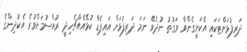
ދަރިފުޅަށްޓަކައި އެކަށީގެންވާ ވަގުތު ނުދެވޭ ނަމަ ދަރިފުޅަށް އައިޕެޑާ ކުޅޭއެއްޗެހިދީ ރުއްސުމަށްވުރެ އެކުދިންގެ